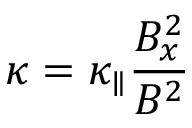
\kappa = \kappa _ { \parallel } \frac { B _ { x } ^ { 2 } } { B ^ { 2 } }